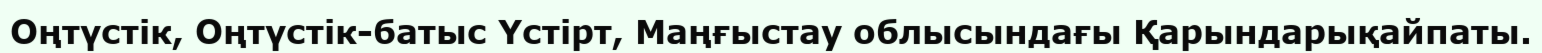
Оңтүстік, Оңтүстік-батыс Үстірт, Маңғыстау облысындағы Қарындарықайпаты.